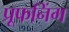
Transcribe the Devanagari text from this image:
प्रूफनिंग